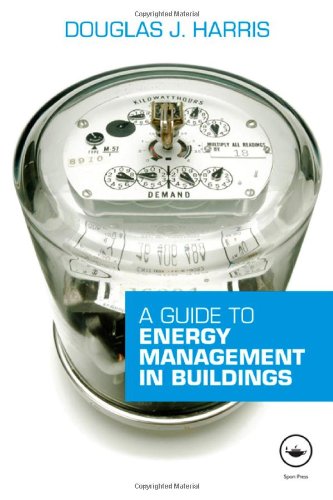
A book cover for A Guide to Energy Management in Buildings; Douglas Harris; Business & Money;